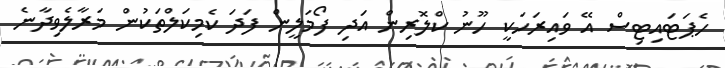
ހެޕަޓައިޓިސް އޭ ވައިރަހަކީ ހޫނު ކްލޮރިން އަދި ފޯމަލީން ފަދަ ކެމިކަލްތަކުން މަރާލެވިދާނެ